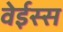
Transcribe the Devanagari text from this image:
वेईस्स